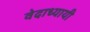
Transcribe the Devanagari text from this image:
वेदाध्यायी